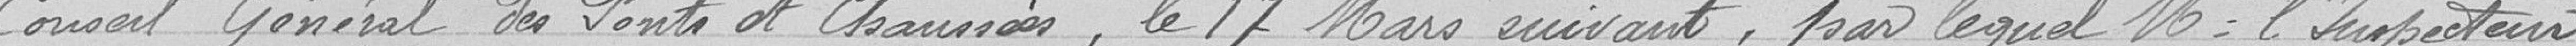
Conseil Général des Ponts et Chaussées le 17 mars suivant, par lequel Monsieur l'Inspecteur